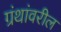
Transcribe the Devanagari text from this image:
ग्रंथांवरील